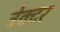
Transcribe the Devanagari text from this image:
ट्रेक्‍टर